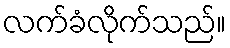
လက်ခံလိုက်သည်။